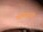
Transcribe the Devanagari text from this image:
वलयांनी